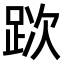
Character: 𨀥